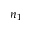
n _ { 1 }